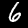
Digit: 6